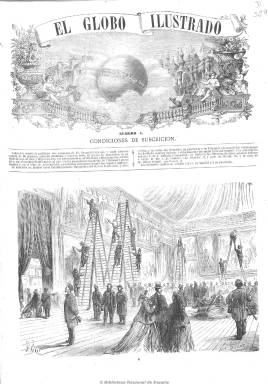
Título: El Globo ilustrado
Colección: Semanarios de amenidades || Cultura
Ámbito geográfico: Madrid
Lugar de publicación: Madrid
Fechas: 01/06/1866-16/08/1867

A semejanza de las “ilustraciones” que se publican en ese momento en Europa, el tipógrafo y periodista español Dionisio Chaulié y Ruiz (1841-1887) edita y dirige esta revista ilustrada, que comienza a publicar desde el uno de junio de 1866. Será un magazine de periodicidad quincenal (sale los días 1 y 15 de cada mes) de gran tamaño, dedicando ocho páginas a texto y otras ocho exclusivamente a láminas, siendo impresas estas en París, aunque también insertará algunos grabados dentro de las páginas de texto, que son estampadas en el establecimiento tipográfico del Banco Industrial y Mercantil, en Madrid, formando ambas partes entregas conjuntas de 16 páginas.

Lo que más destaca de esta publicación es que sus numerosos grabados se referirán ya a la actualidad, desde las guerras que se libran en ese momento, como la civil norteamericana, como de otros acontecimientos culturales (exposición de París) o a retratos de personajes asimismo de actualidad (jefes de gobierno, etc.). Aunque la mayoría de las ilustraciones corresponden a acontecimientos en Europa o América, hay que señalar que en su primer número aparece el grabado que recoge la colocación de la primera piedra de lo que será la futura sede de la Biblioteca Nacional de Madrid.

El arte del buril también será utilizado para dar cuenta de vistas monumentales, urbanas y paisajísticas, así como de otras escenas o de tipos pintorescos. Todos los grabados corresponderán, por otra parte, a los textos que va publicando la revista, que se referirán a asuntos de actualidad sobre arte (pintura), adelantos técnicos y científicos, industria, política, geografía, antropología, historia, costumbres e, incluso, de asuntos sociales, además de deportes (hípica y regatas) y crónicas de teatro. También insertará otros textos de creación literaria, como novelas o narraciones cortas y composiciones poéticas. Asimismo tendrá una sección “pintoresca”.

Además de su director, conocido también por su obra Cosas de Madrid (1884), entre las firmas de sus textos aparecen las de Antonio Arnao, el conde de Fabraquer, Salvador Costanzo, Carlos Iriarte, Luis Miralles, A. Bermejo y C. Tejero. Tuvo prácticamente sólo un año de vida, al publicar el 16 de agosto de 1867 su número 30 y último de la colección.